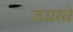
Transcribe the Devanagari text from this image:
जयरत्ने